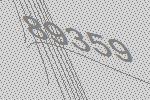
89359